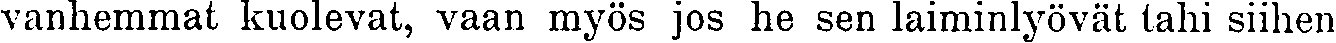
vanhemmat kuolevat, vaan myös jos he sen laiminlyövät tahi siihen